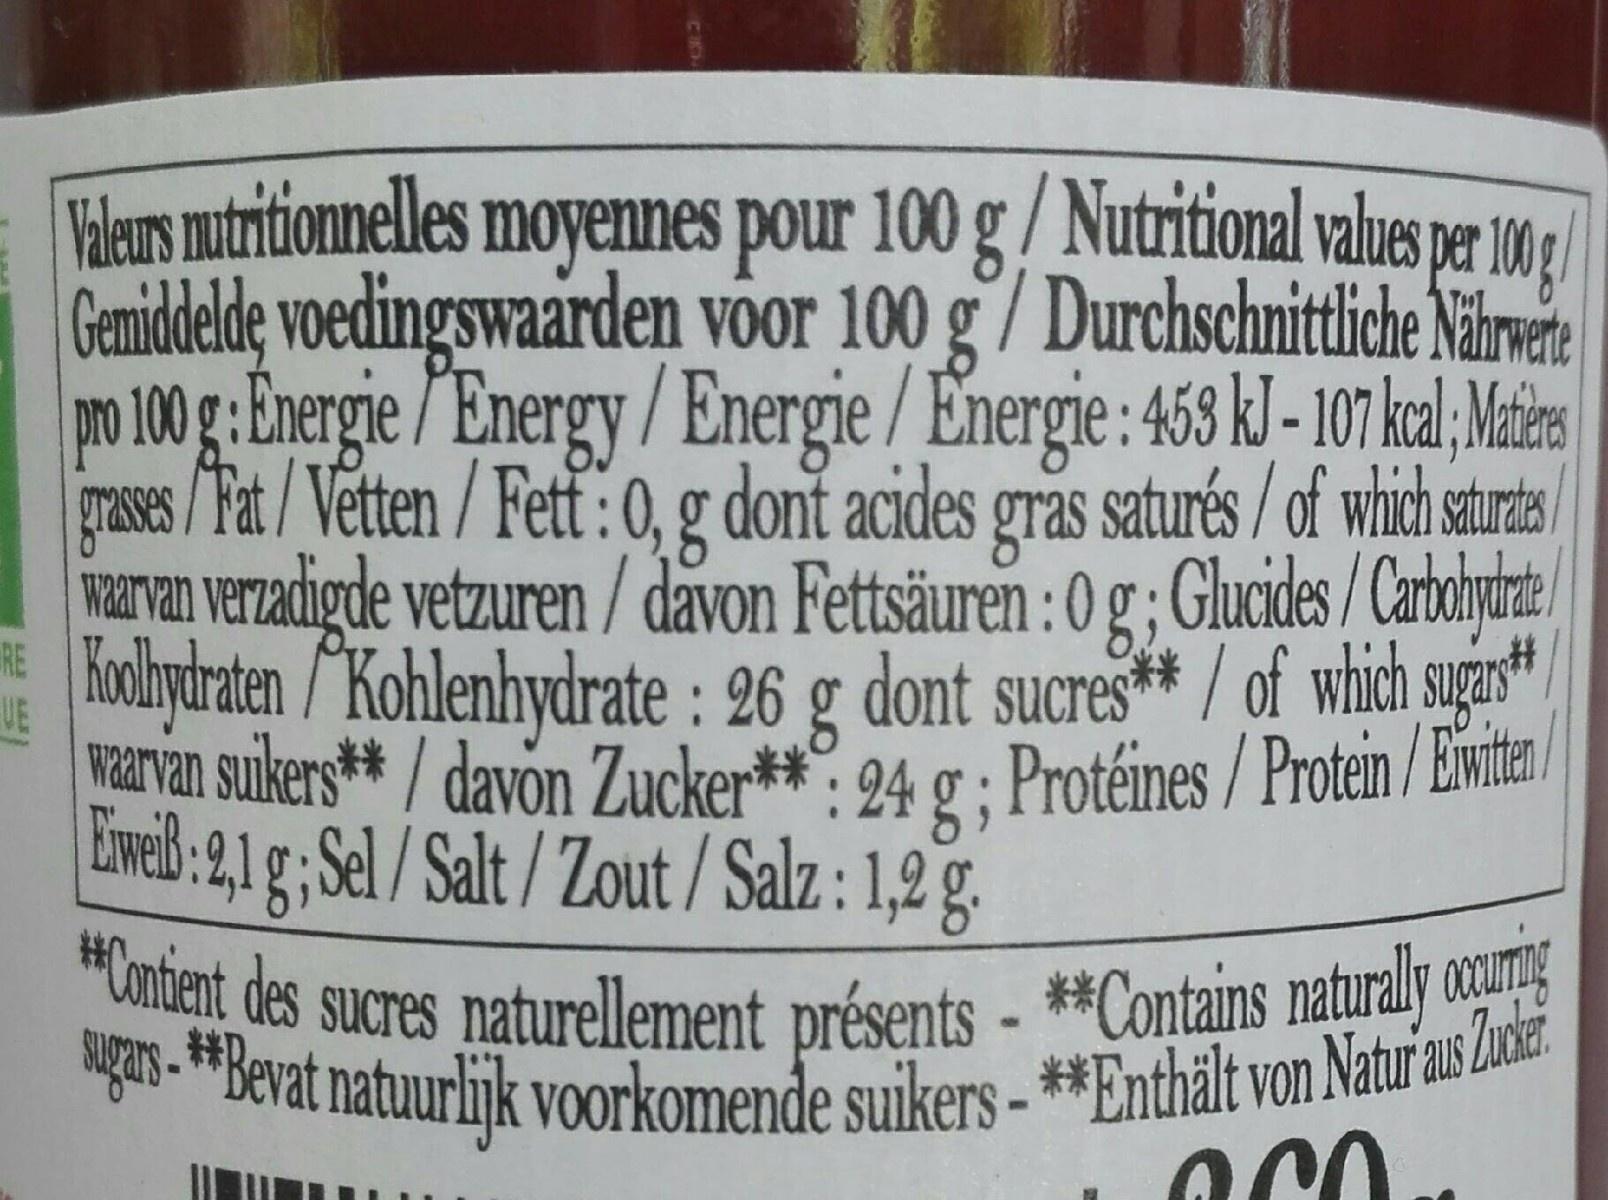
Valeurs mutritionnelles moyennes pour 100 g/ Nutritional values per 10 / Gemiddelde voedingswaarden voor 100 g/ Durchschnittlce Nälrmee po100 :Energie /Energy /Energie / Energie: 458 kl -17 kal, Maies grases /Fat/Vetten / Fett :0, g dont acides gras saturés / of which sturdts waran veradigde vetzuren / davon Fettsäuren : 0 g; Glucides /Carbhydzte holydraten /Kohlenhydrate : 26 g dont sucres** / of which sugis warvan sulkers** / davon Zucker**: 24 g : Protéines / Protein / Ewitea ETeid:2,1 g, Sel /Salt/Zout / Salz : 1,2 g.
RE VE
#Content des sucres naturellement présents - **Contains naturall ouring ga- Bevat natuurlijk voorkomende suikers - **Enthält von Natur a